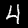
Digit: 4